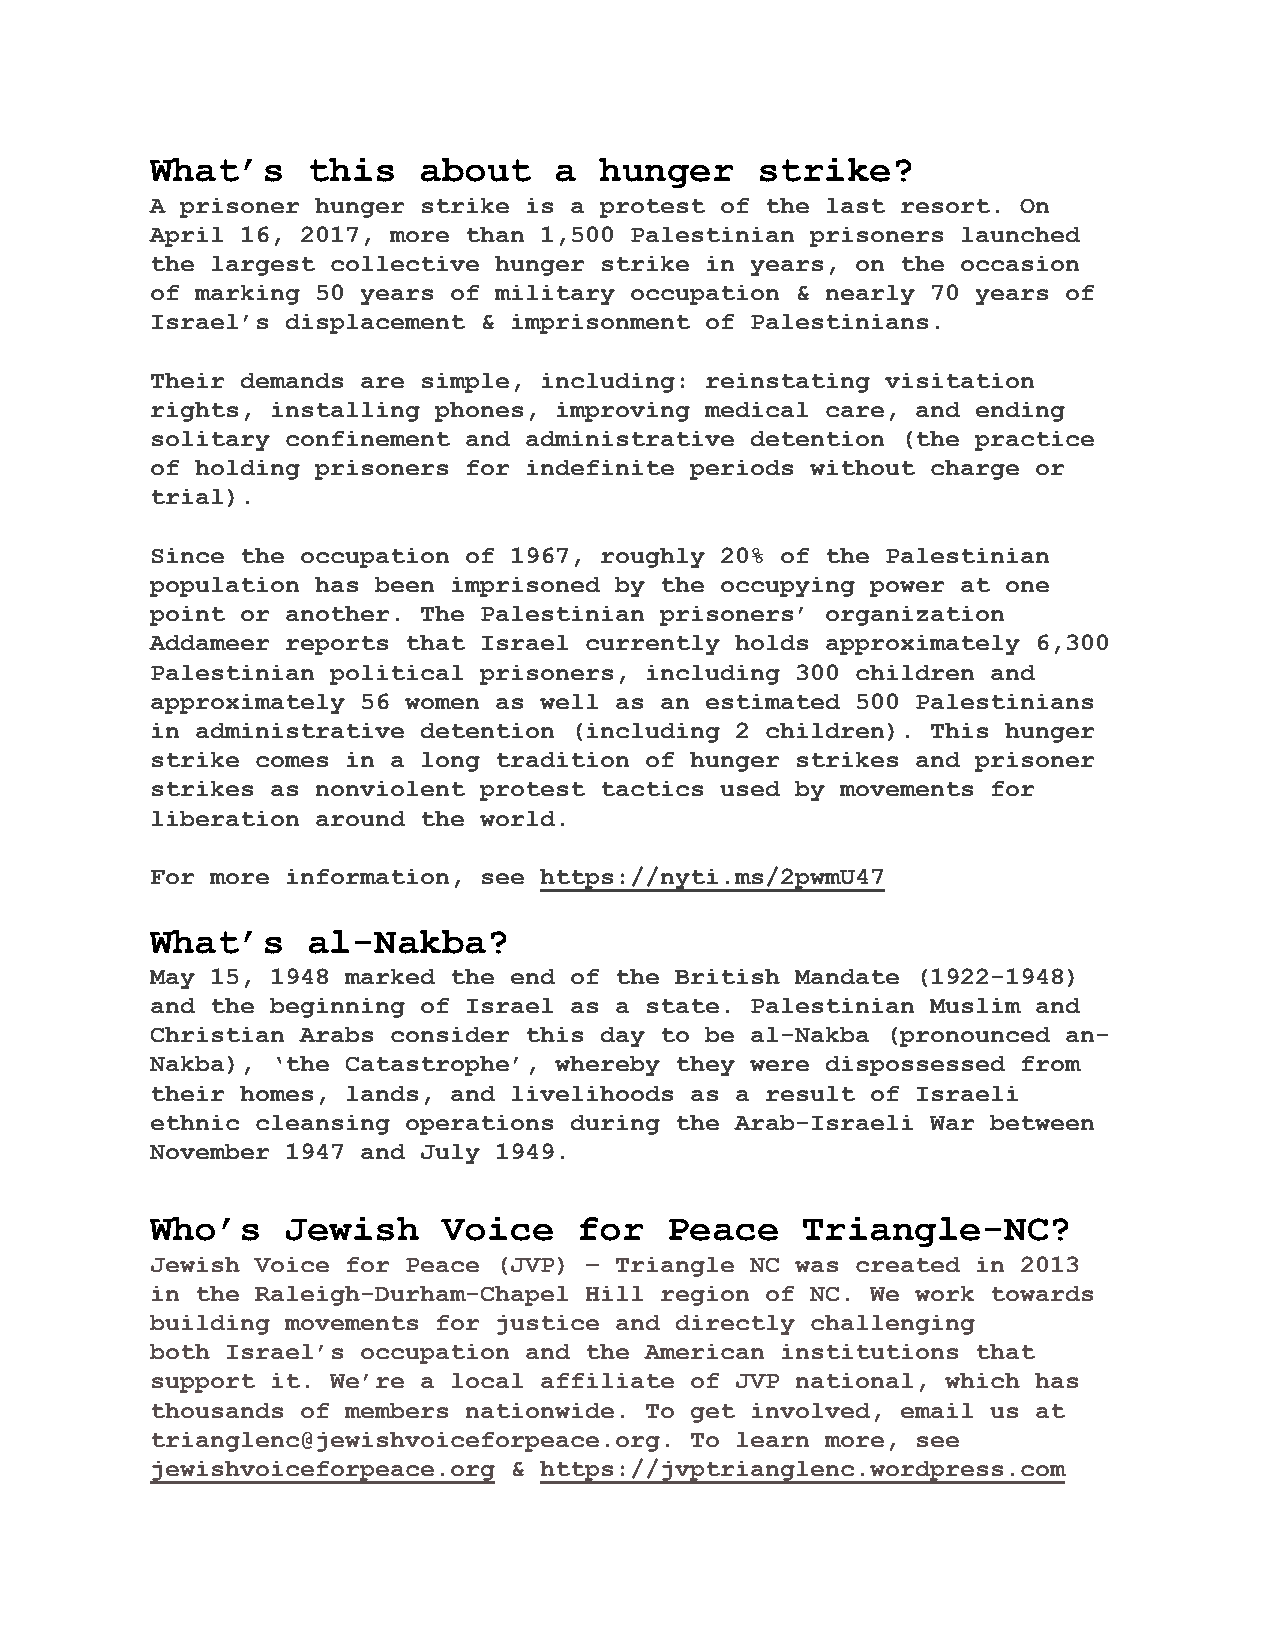
What’s    this    about    a  hunger    strike?
 A prisoner hunger strike is a protest of the last resort. On
 April 16, 2017, more than 1,500 Palestinian prisoners launched
 the largest collective hunger strike in years, on the occasion
 of marking 50 years of military occupation & nearly 70 years of
 Israel’s displacement & imprisonment of Palestinians.
 Their demands are simple, including: reinstating visitation
 rights, installing phones, improving medical care, and ending
 solitary confinement and administrative detention (the practice
 of holding prisoners for indefinite periods without charge or
 trial).
 Since the occupation of 1967, roughly 20% of the Palestinian
 population has been imprisoned by the occupying power at one
 point or another. The Palestinian prisoners’ organization
 Addameer reports that Israel currently holds approximately 6,300
 Palestinian political prisoners, including 300 children and
 approximately 56 women as well as an estimated 500 Palestinians
 in administrative detention (including 2 children). This hunger
 strike comes in a long tradition of hunger strikes and prisoner
 strikes as nonviolent protest tactics used by movements for
 liberation around the world.
 For more information, see https://nyti.ms/2pwmU47
 What’s    al-Nakba?
 May 15, 1948 marked the end of the British Mandate (1922-1948)
 and the beginning of Israel as a state. Palestinian Muslim and
 Christian Arabs consider this day to be al-Nakba (pronounced an-
 Nakba), ‘the Catastrophe’, whereby they were dispossessed from
 their homes, lands, and livelihoods as a result of Israeli
 ethnic cleansing operations during the Arab-Israeli War between
 November 1947 and July 1949.
 Who’s    Jewish    Voice    for   Peace    Triangle-NC?
 Jewish Voice for Peace (JVP) – Triangle NC was created in 2013
 in the Raleigh-Durham-Chapel Hill region of NC. We work towards
 building movements for justice and directly challenging
 both Israel’s occupation and the American institutions that
 support it. We’re a local affiliate of JVP national, which has
 thousands of members nationwide. To get involved, email us at
 trianglenc@jewishvoiceforpeace.org. To learn more, see
 jewishvoiceforpeace.org & https://jvptrianglenc.wordpress.com